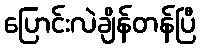
ပြောင်းလဲချိန်တန်ပြီ